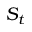
S _ { t }